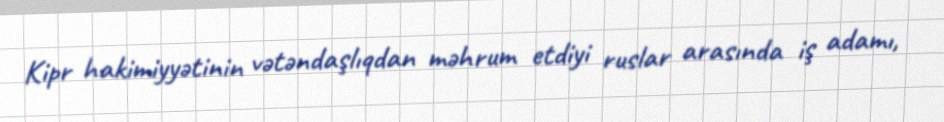
Kipr hakimiyyətinin vətəndaşlıqdan məhrum etdiyi ruslar arasında iş adamı,